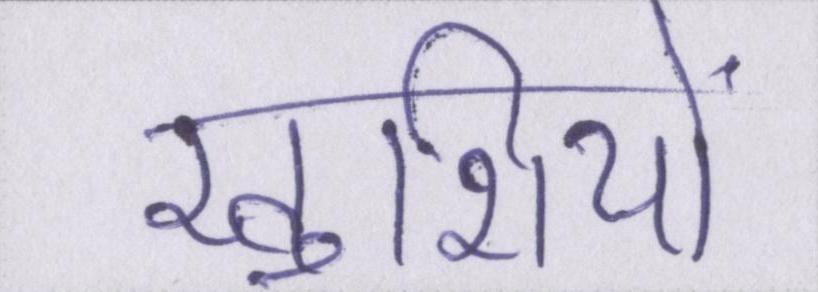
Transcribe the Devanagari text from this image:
खुशियों